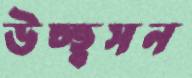
উচ্ছ্বসন